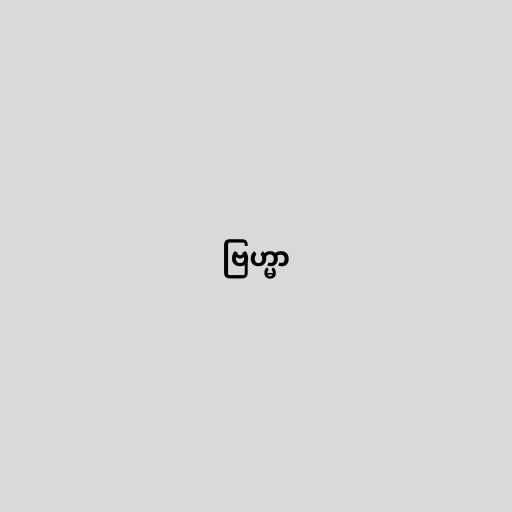
ဗြဟ္မာ